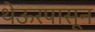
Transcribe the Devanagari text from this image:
थेऊरपासून